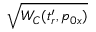
\sqrt { W _ { C } ( t _ { r } ^ { \prime } , p _ { 0 x } ) }